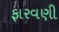
ફારવણી